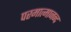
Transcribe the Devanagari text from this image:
परमात्मानन्द